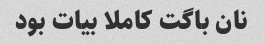
نان باگت کاملا بیات بود